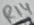
Text: R14